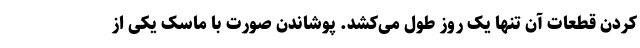
کردن قطعات آن تنها یک روز طول می‌کشد. پوشاندن صورت با ماسک یکی از